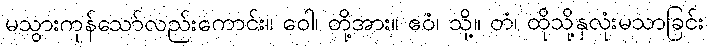
မသွားကုန်သော်လည်းကောင်း။ ဝေါ၊ တို့အား။ ဧဝံ၊ သို့။ တံ၊ ထိုသို့နှလုံးမသာခြင်း